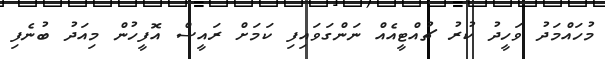
މުހައްމަދު ވަހީދު ކުރު ޗުއްޓީއެއް ނަންގަވައިފި ކަމަށް ރައީސް އޮފީހުން މިއަދު ބުނެފި